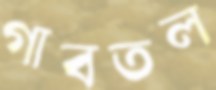
গাবতল